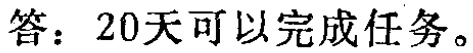
答：20天可以完成任务。